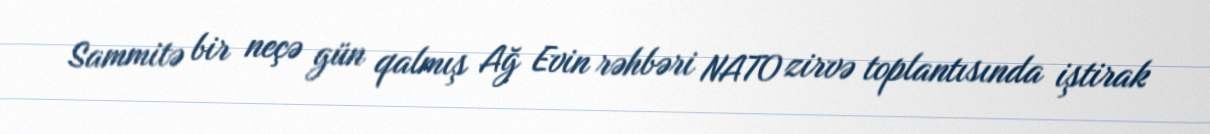
Sammitə bir neçə gün qalmış Ağ Evin rəhbəri NATO zirvə toplantısında iştirak